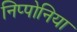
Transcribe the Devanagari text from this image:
निप्पोनिया